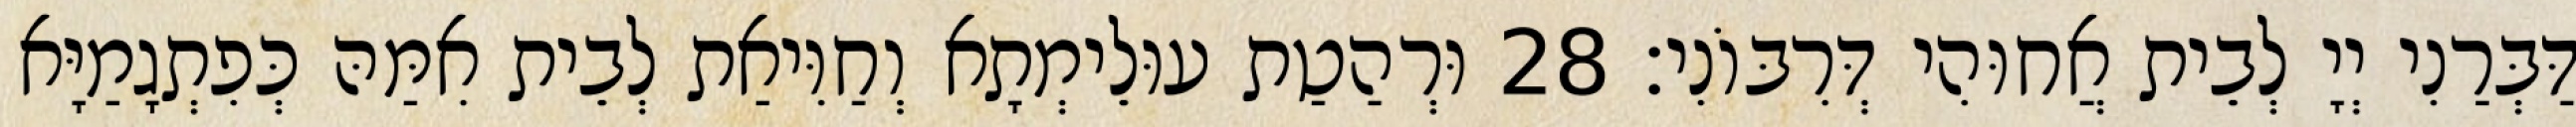
דַּבְּרַנִי יְיָ לְבֵית אֲחוּהִי דְּרִבּוֹנִי׃ 28 וּרְהַטַת עוּלֵימְתָא וְחַוִּיאַת לְבֵית אִמַּהּ כְּפִתְגָמַיָּא